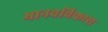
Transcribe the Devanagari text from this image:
मानवविकास